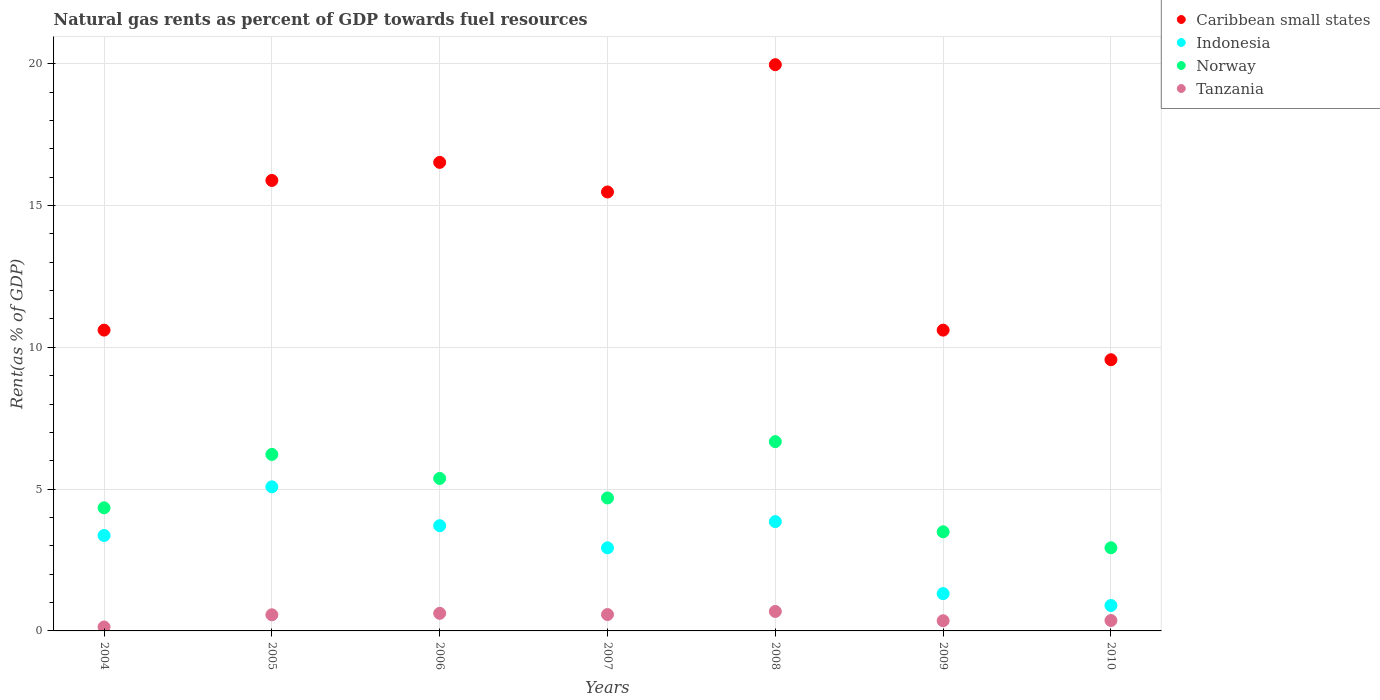
| Years | Caribbean small states | Indonesia | Norway | Tanzania |
 | --- | --- | --- | --- | --- |
 | 2004 | 10.6 | 3.36 | 4.34 | 0.139 |
 | 2005 | 15.9 | 5.08 | 6.22 | 0.568 |
 | 2006 | 16.5 | 3.71 | 5.38 | 0.62 |
 | 2007 | 15.5 | 2.93 | 4.69 | 0.578 |
 | 2008 | 20 | 3.85 | 6.67 | 0.687 |
 | 2009 | 10.6 | 1.32 | 3.49 | 0.359 |
 | 2010 | 9.56 | 0.897 | 2.93 | 0.367 |